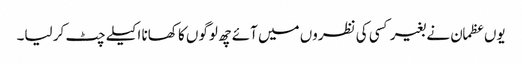
یوں عظمان نے بغیر کسی کی نظروں میں آئے چھ لوگوں کا کھانا اکیلے چٹ کر لیا۔